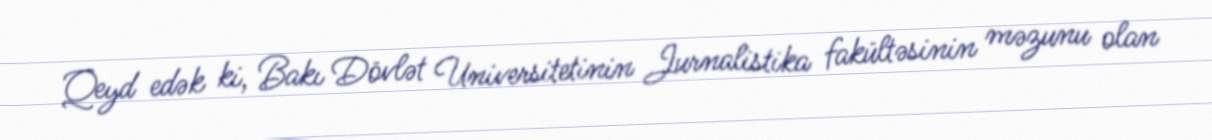
Qeyd edək ki, Bakı Dövlət Universitetinin Jurnalistika fakültəsinin məzunu olan